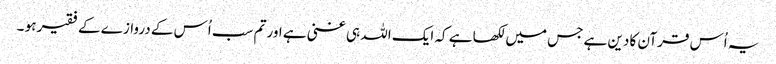
یہ اُس قرآن کا دین ہے جس میں لکھا ہے کہ ایک اللہ ہی غنی ہے اور تم سب اُس کے دروازے کے فقیر ہو ۔